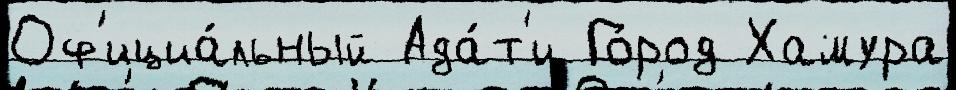
Оф'ициа́льный Ада́т'и Го́род Хамура